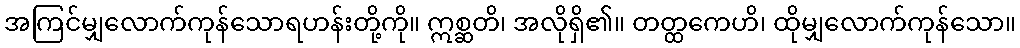
အကြင်မျှလောက်ကုန်သောရဟန်းတို့ကို။ ဣစ္ဆတိ၊ အလိုရှိ၏။ တတ္ထကေဟိ၊ ထိုမျှလောက်ကုန်သော။